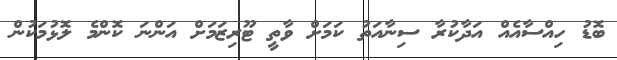
ބޮޑު ހިއްސާއެއް އަދާކުރާ ސިނާއަތު ކަމަށް ވާތީ ޓޫރިޒަމަށް އަންނަ ކޮންމެ ލޮޅުމަކުން